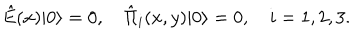
LaTeX: \hat { E } ( x ) | 0 \rangle = 0 , \quad \hat { \Pi } _ { i } ( x , y ) | 0 \rangle = 0 , \quad i = 1 , 2 , 3 .